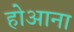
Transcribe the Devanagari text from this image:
होआना